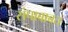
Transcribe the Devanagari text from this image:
संपाबाबत